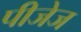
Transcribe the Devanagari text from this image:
पीजेज